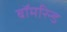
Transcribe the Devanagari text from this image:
बॉमरिन्ड